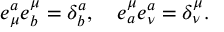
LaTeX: e _ { \mu } ^ { a } e _ { b } ^ { \mu } = \delta _ { b } ^ { a } , \quad e _ { a } ^ { \mu } e _ { \nu } ^ { a } = \delta _ { \nu } ^ { \mu } .